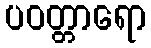
ပဝတ္တာရော